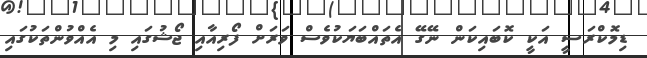
ޑިމޮކްރަސީ އަކީ ކޮބައިކަން ނޭގޭ އެތައްބަޔަކުވެސް ވަރަށް ފޯރިއާއި ޖޯޝުގައި މި އެއްވުންތަކުގައި